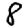
Digit: 8